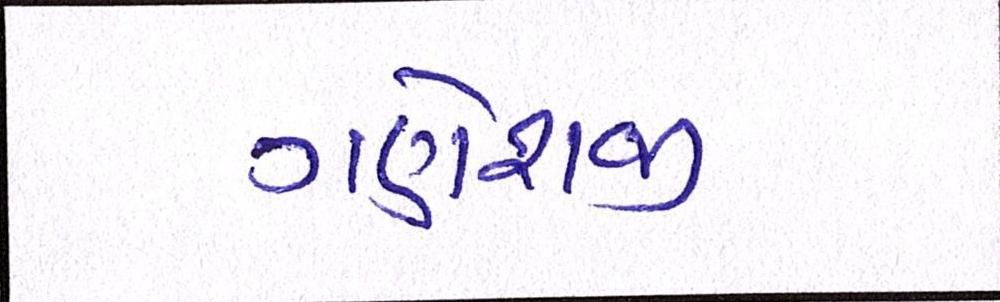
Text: ગણેશજી